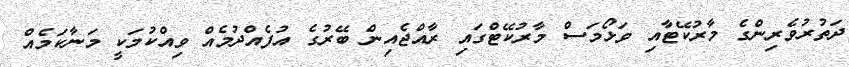
ދަތުރުވެރިންގެ މާރުކޭޓާއި ވަޅޯމަސް މާރުކޭޓްގައި ރާއްޖެއިން ބޭރުގެ އުފެއްދުމެއް ވިއްކުމަކީ މަނާކަމެއް